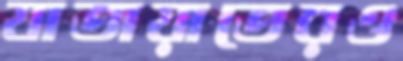
যাতায়াতেরও